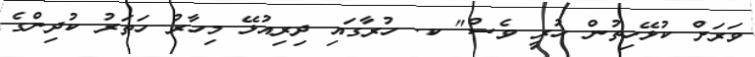
ވަރަށް ކުޅޭހިތުން ހުރީ ވެސް" ކ. ހުރާގައި ދިރިއުޅޭ މިހާރު ހަތަރު ކުދިންގެ